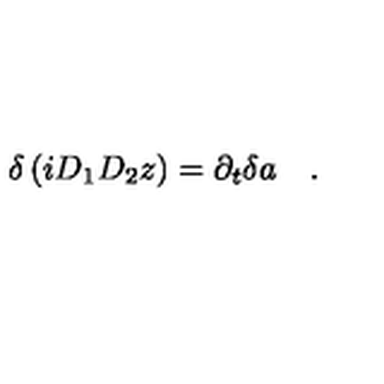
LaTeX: \delta \left( i D _ { 1 } D _ { 2 } z \right) = \partial _ { t } { \delta a } \quad .